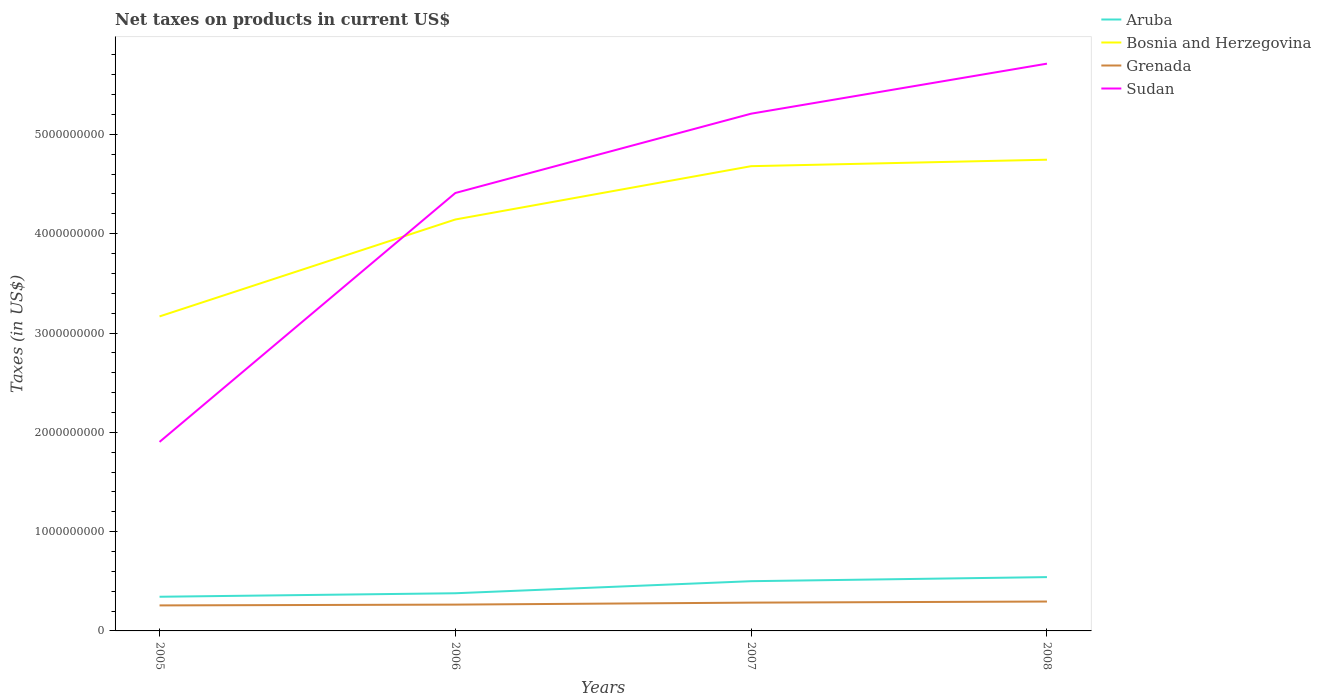
| Years | Aruba | Bosnia and Herzegovina | Grenada | Sudan |
 | --- | --- | --- | --- | --- |
 | 2005 | 3.44e+08 | 3.17e+09 | 2.57e+08 | 1.9e+09 |
 | 2006 | 3.79e+08 | 4.14e+09 | 2.65e+08 | 4.41e+09 |
 | 2007 | 5.01e+08 | 4.68e+09 | 2.85e+08 | 5.21e+09 |
 | 2008 | 5.42e+08 | 4.75e+09 | 2.96e+08 | 5.71e+09 |